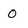
Character: 0